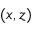
( x , z )